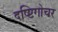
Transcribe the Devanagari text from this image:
दष्ष्टिगोचर